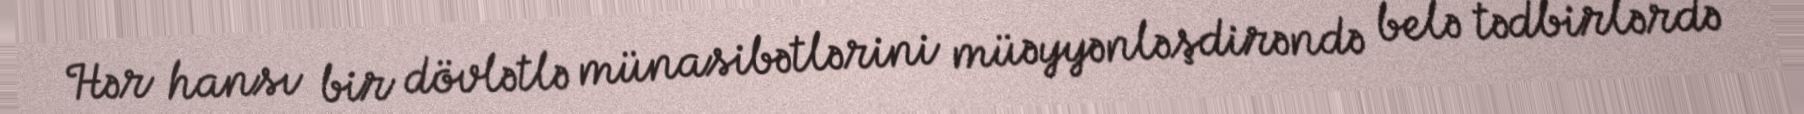
Hər hansı bir dövlətlə münasibətlərini müəyyənləşdirəndə belə tədbirlərdə